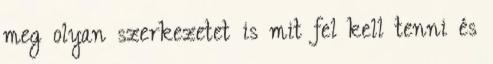
meg olyan szerkezetet is mit fel kell tenni és